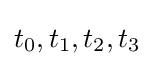
t_{0},t_{1},t_{2},t_{3}